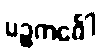
ပဉ္စကင်္ဂေါ